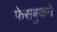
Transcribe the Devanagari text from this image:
फेसबुकने